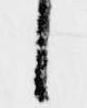
候